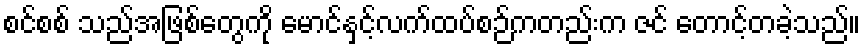
စင်စစ် သည်အဖြစ်တွေကို မောင်နှင့်လက်ထပ်စဉ်ကတည်းက ဇင် တောင့်တခဲ့သည်။